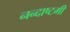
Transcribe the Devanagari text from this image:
नन्दाष्टमी